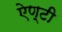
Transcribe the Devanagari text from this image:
ऐण्टी